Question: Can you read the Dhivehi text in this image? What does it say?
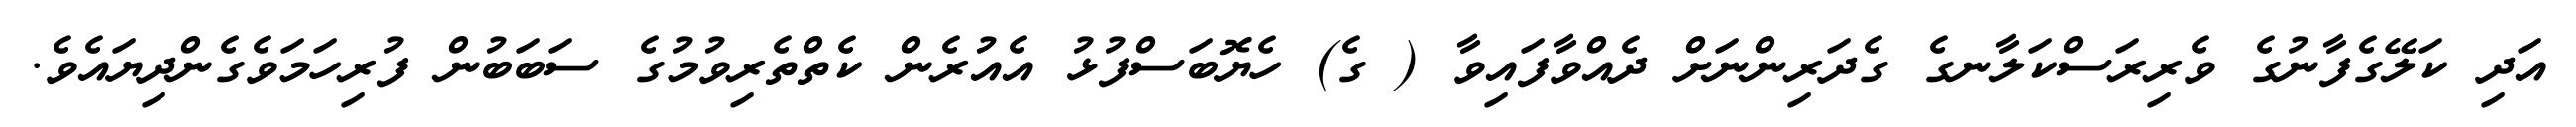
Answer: އަދި ކަލޭގެފާނުގެ ވެރިރަސްކަލާނގެ ގެދަރިންނަށް ދެއްވާފައިވާ ( ގެ) ހެޔޮބަސްފުޅު އެއުރެން ކެތްތެރިވުމުގެ ސަބަބުން ފުރިހަމަވެގެންދިޔައެވެ.